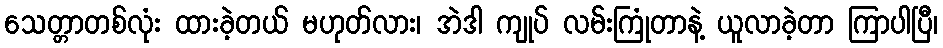
သေတ္တာတစ်လုံး ထားခဲ့တယ် မဟုတ်လား၊ အဲဒါ ကျုပ် လမ်းကြုံတာနဲ့ ယူလာခဲ့တာ ကြာပါပြီ၊